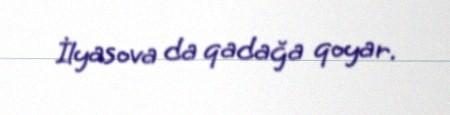
İlyasova da qadağa qoyar.